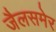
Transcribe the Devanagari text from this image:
जैलसमेर